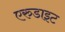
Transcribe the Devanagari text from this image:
एरुडाइट